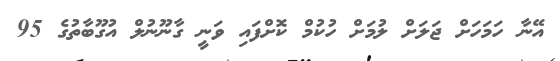
އޭނާ ހަމަހަށް ޖަލަށް ލުމަށް ހުކުމް ކޮށްފައި ވަނީ ގާނޫނުލް އުގޫބާތުގެ 95